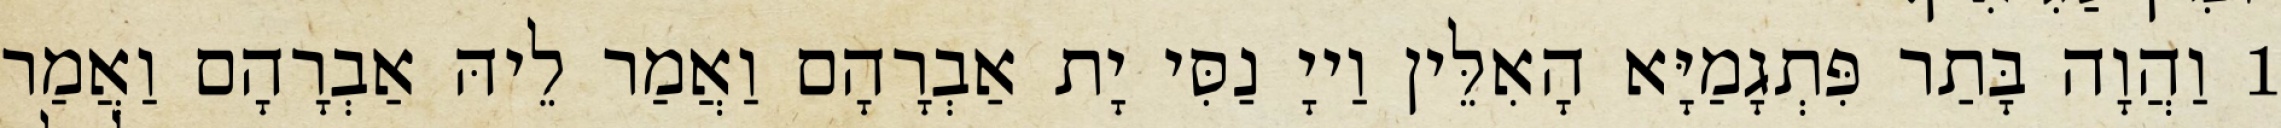
1 וַהֲוָה בָּתַר פִּתְגָמַיָּא הָאִלֵּין וַייָ נַסִּי יָת אַבְרָהָם וַאֲמַר לֵיהּ אַבְרָהָם וַאֲמַר